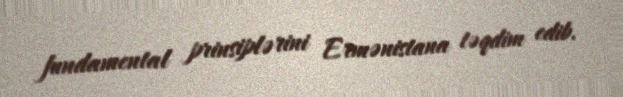
fundamental prinsiplərini Ermənistana təqdim edib.